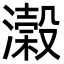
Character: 濲